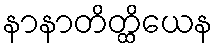
နာနာတိတ္ထိယေန